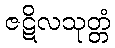
ဇဋိလသုတ္တံ